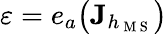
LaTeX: \varepsilon=e_{a}\big(\mathbf{J}_{h_{\mathrm{~M~S~}}}\big)